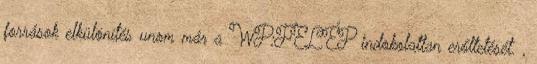
források elkülönítés unom már a WP:FELÉP indokolatlan erőltetését. ,